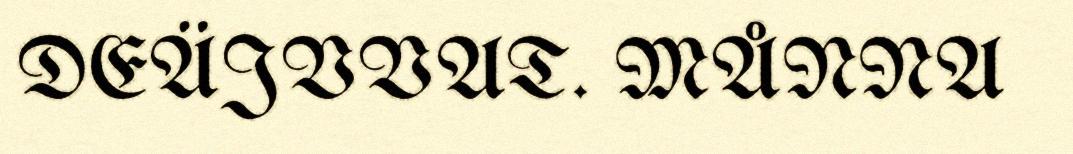
DEÄJVVAT. MÅNNA